Document type: Sale
Year: 1235
Scribe: Pere de Bages
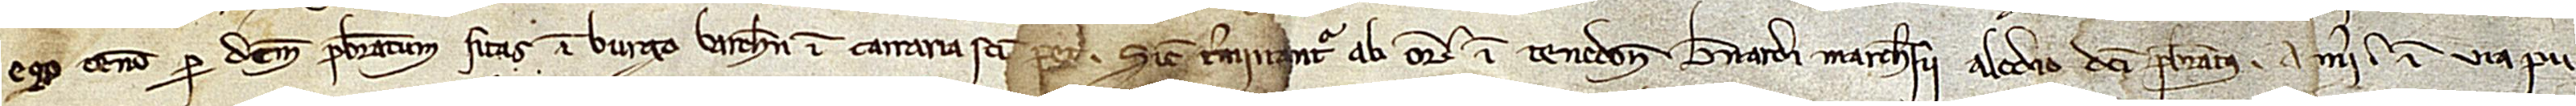
ego teneo per dictum presbiteratum sitas in burgo Barchinone, in carraria Sancti Petri. Sicut terminantur ab oriente in tenedone Bernardi Marchesii, alodio dicti presbiteratus; a meridie in via pu-